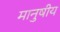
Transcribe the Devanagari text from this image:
मानुषीय